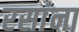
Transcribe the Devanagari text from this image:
रसांना